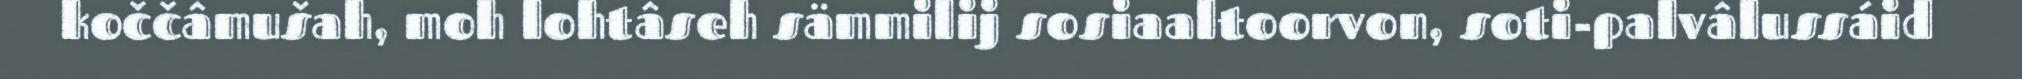
koččâmušah, moh lohtâseh sämmilij sosiaaltoorvon, soti-palvâlussáid